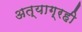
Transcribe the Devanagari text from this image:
अत्याग्रही